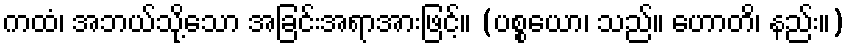
ကထံ၊ အဘယ်သို့သော အခြင်းအရာအားဖြင့်။ (ပစ္စယော၊ သည်။ ဟောတိ၊ နည်း။)